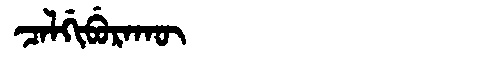
Manchu: ᠴᠠᠯᡤᡳᠪᡠᡵᠠᡴᡡ
Romanization: CALGIBURAKŪ